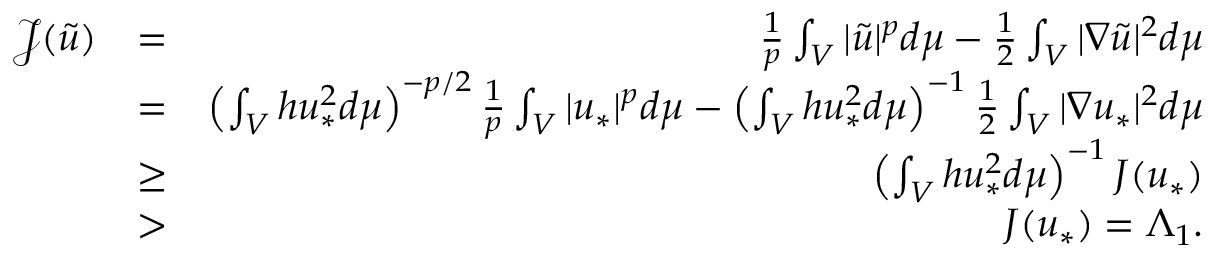
\begin{array} { r l r } { \mathcal { J } ( \widetilde { u } ) } & { = } & { \frac { 1 } { p } \int _ { V } | \widetilde { u } | ^ { p } d \mu - \frac { 1 } { 2 } \int _ { V } | \nabla \widetilde { u } | ^ { 2 } d \mu } \\ & { = } & { \left( \int _ { V } h u _ { * } ^ { 2 } d \mu \right) ^ { - p / 2 } \frac { 1 } { p } \int _ { V } | { u } _ { * } | ^ { p } d \mu - \left( \int _ { V } h u _ { * } ^ { 2 } d \mu \right) ^ { - 1 } \frac { 1 } { 2 } \int _ { V } | \nabla { u } _ { * } | ^ { 2 } d \mu } \\ & { \geq } & { \left( \int _ { V } h u _ { * } ^ { 2 } d \mu \right) ^ { - 1 } J ( u _ { * } ) } \\ & { > } & { J ( u _ { * } ) = \Lambda _ { 1 } . } \end{array}